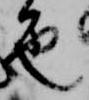
色